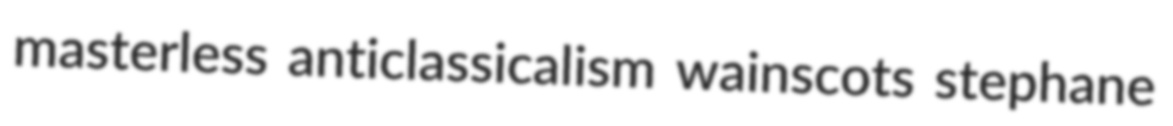
masterless anticlassicalism wainscots stephane